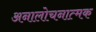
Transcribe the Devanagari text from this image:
अनालोचनात्मक